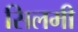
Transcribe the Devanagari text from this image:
सिलमी